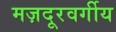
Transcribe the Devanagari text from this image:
मज़दूरवर्गीय